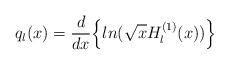
LaTeX: \begin{align*}q_{l}(x)=\frac{d}{dx}\Bigl\{ln(\sqrt{x}H^{(1)}_{l}(x))\Bigl\}\end{align*}